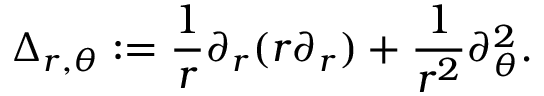
\Delta _ { r , \theta } : = \frac { 1 } { r } \partial _ { r } ( r \partial _ { r } ) + \frac { 1 } { r ^ { 2 } } \partial _ { \theta } ^ { 2 } .